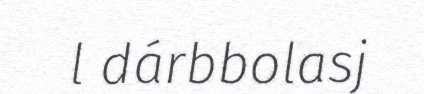
l dárbbolasj